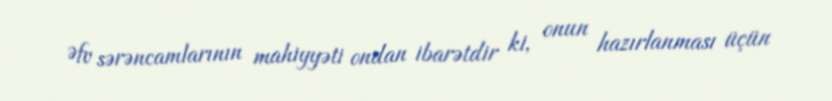
Əfv sərəncamlarının mahiyyəti ondan ibarətdir ki, onun hazırlanması üçün